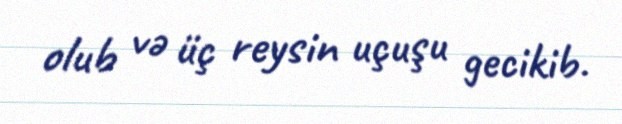
olub və üç reysin uçuşu gecikib.